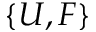
\{ U , F \}